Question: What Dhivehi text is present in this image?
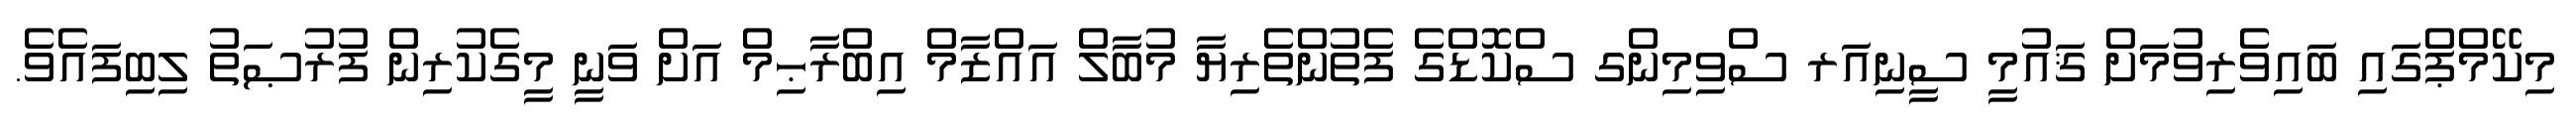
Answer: މިކޭމްޕްގައި ބައިވެރިވުމަށް ޤައުމީ ސީނިއަރ ސްވިމިންގ ސްކޮޑްގެ ފެތުންތެރިޔާ މުބާލް އައްޒާމް އިބްރާޙިމް އަށް ވަނީ މީގެކުރިން ފުރުޞަތު ލިބިފައެވެ.